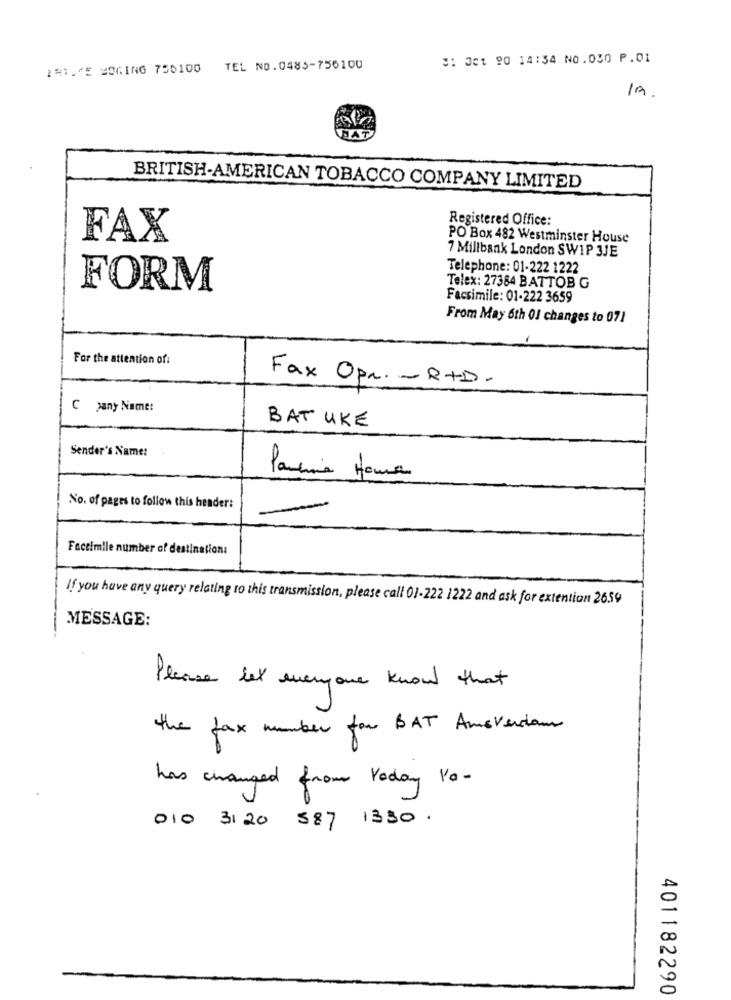
91 01 90 14:34 N0.000 P.01
11.VE HOGING 756100 TEL NO.0485-756100
19.
HAT
BRITISH-AMERICAN TOBACCO COMPANY LIMITED
Registered Office:
FAX
PO Box 482 Westminster House
7 Millbank London SW1P 3JE
Telephone: 01-222 1222
FORM
Telex: 27384 BATTOB G
Facsimile: 01-222 3659
From May 6th 01 changes to 071
For the attention of:
Fax Opr. - R+D.
C pany Name:
BAT UKE
Sender's Name:
Pancina Home
No. of pages to follow this hender:
Faccimile number of destinations
If you have any query relating to this transmission, please call 01-222 1222 and ask for extention 26.59
MESSAGE:
Please let everyone know that
the fax number for BAT Amsterdam
has changed from today Na-
010 3120 587 1330.
401182290